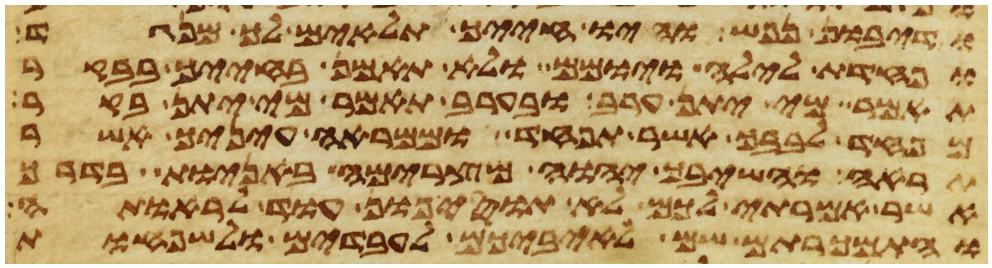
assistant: ודיבון נפש והיו חייך תלאים לך מנגד
ופחדת לילה ויומם ולא תאמן בחייך בבקר
תאמר מי יתן ערב ובערב תאמר מי יתן בקר
מפחד לבבך אשר תפחד וממראה עיניך אשר
תראה והשיבך יהוה מצרימה באניות בדרך
אשר אמרתי לכם לא תוסיפון עוד לראותה
והתמכרתם שם לאיביכם לעבדים ולשפחות